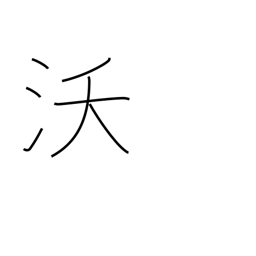
Meaning: fertility